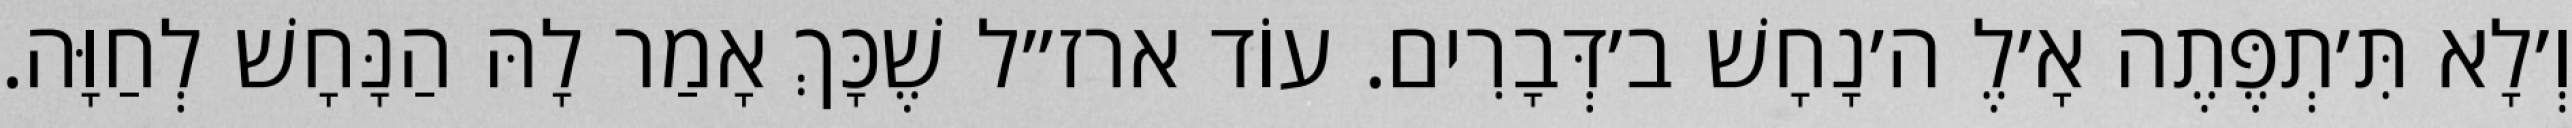
וְ׳לָא תִּ׳תְפֶּתֶה אָ׳לֶ ה׳נָחָשׁ ב׳דְּבָרִים. עוֹד ארז״ל שֶׁכָּךְ אָמַר לָהּ הַנָּחָשׁ לְחַוָּה.